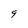
Character: 9